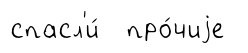
спасл'и́ про́чиjе